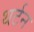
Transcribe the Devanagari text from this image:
थर्टन